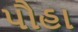
પૌહા